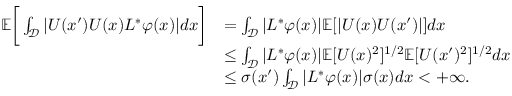
\begin{array} { r l } { \mathbb { E } \bigg [ \int _ { \mathcal { D } } | U ( x ^ { \prime } ) U ( x ) L ^ { * } \varphi ( x ) | d x \bigg ] } & { = \int _ { \mathcal { D } } | L ^ { * } \varphi ( x ) | \mathbb { E } [ | U ( x ) U ( x ^ { \prime } ) | ] d x } \\ & { \leq \int _ { \mathcal { D } } | L ^ { * } \varphi ( x ) | \mathbb { E } [ U ( x ) ^ { 2 } ] ^ { 1 / 2 } \mathbb { E } [ U ( x ^ { \prime } ) ^ { 2 } ] ^ { 1 / 2 } d x } \\ & { \leq \sigma ( x ^ { \prime } ) \int _ { \mathcal { D } } | L ^ { * } \varphi ( x ) | \sigma ( x ) d x < + \infty . } \end{array}